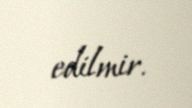
edilmir.